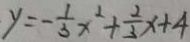
y = - \frac { 1 } { 3 } x ^ { 2 } + \frac { 2 } { 3 } x + 4